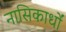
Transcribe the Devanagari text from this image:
नासिकार्धों